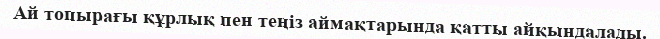
Ай топырағы құрлық пен теңіз аймақтарында қатты айқындалады.